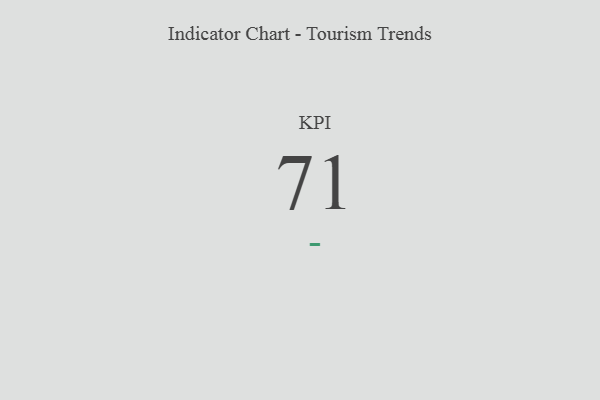
{"axis": {"x": "KPI", "y": "Value"}, "legend": [""], "data": [{"x": "KPI", "y": 71, "type": ""}]}